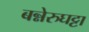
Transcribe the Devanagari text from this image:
बन्नेरुघट्टा